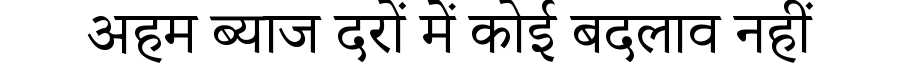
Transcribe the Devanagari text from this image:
अहम ब्याज दरों में कोई बदलाव नहीं